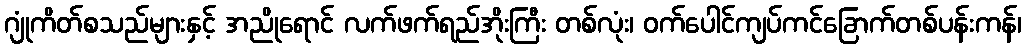
ဂျုံကိတ်စသည်များနှင့် အညိုရောင် လက်ဖက်ရည်အိုးကြီး တစ်လုံး၊ ဝက်ပေါင်ကျပ်ကင်ခြောက်တစ်ပန်းကန်၊